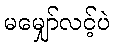
မမျှော်လင့်ပဲ